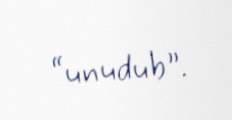
“unudub”.